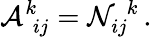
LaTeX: {\cal A}_{\, \, ij}^{k}={\cal N}_{ij}^{\, \, k}\, .